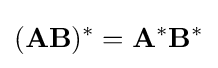
(\mathbf {AB} )^{*}=\mathbf {A} ^{*}\mathbf {B} ^{*}